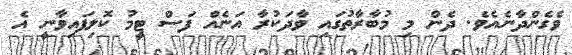
ވެގެންދާނެއެވެ. ދެން މި މުބާރާތުގައި ވާދަކުރާ އަނެއް ފަސް ޓީމު ކޮލިފައިވާނީ އެ